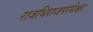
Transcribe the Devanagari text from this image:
राजधिराजपरमेश्वर